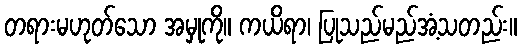
တရားမဟုတ်သော အမှုကို။ ကယိရာ၊ ပြုသည်မည်အံ့သတည်း။